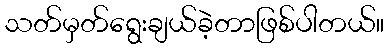
သတ်မှတ်ရွေးချယ်ခဲ့တာဖြစ်ပါတယ်။